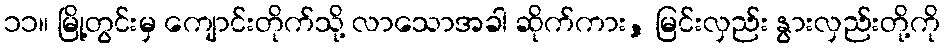
၁၁။ မြို့တွင်းမှ ကျောင်းတိုက်သို့ လာသောအခါ ဆိုက်ကား, မြင်းလှည်း နွားလှည်းတို့ကို